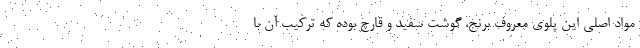
مواد اصلی این پلوی معروف برنج، گوشت سفید و قارچ بوده که ترکیب آن با